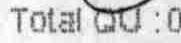
TOTAL QU :0